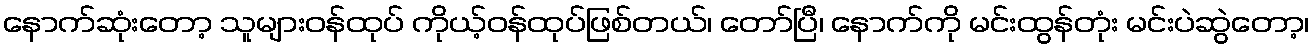
နောက်ဆုံးတော့ သူများဝန်ထုပ် ကိုယ့်ဝန်ထုပ်ဖြစ်တယ်၊ တော်ပြီ၊ နောက်ကို မင်းထွန်တုံး မင်းပဲဆွဲတော့၊